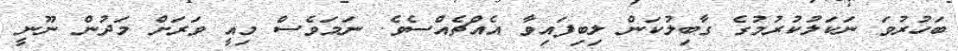
ބަހުރުވަ ނަކަލުކުރުމުގެ ގާބިލުކަން ލިބިފައިވާ އެއްޗެއްސެވެ. ނަމަވެސް މިއީ ވަރަށް މަދުން ނޫނީ